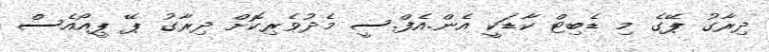
ދިރާގު ޕޭގެ މި ޑެބިޓް ކާޑަކީ އެން.އެފް.ސީ މެދުވެރިކޮށް ދިރާގު ޕޭ ޕީއޯއެސް